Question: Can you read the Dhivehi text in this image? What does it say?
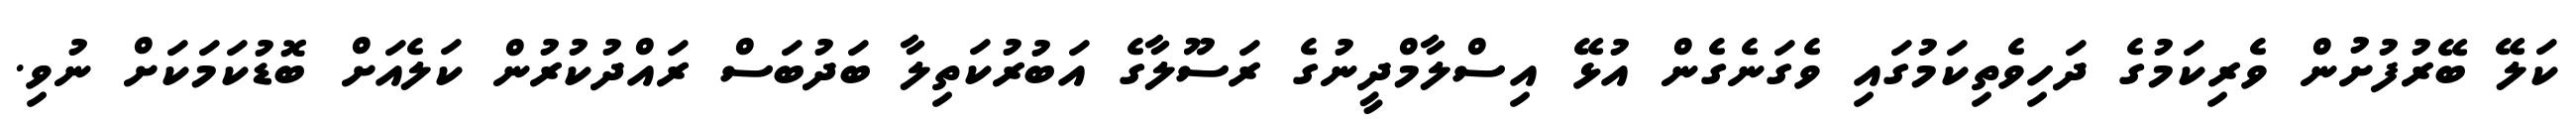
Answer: ކަލޭ ބޭރުފުށުން ވެރިކަމުގެ ދަހިވެތިކަމުގައި ވެގަނެގެން އުޅޭ އިސްލާމްދީނުގެ ރަސޫލާގެ އަބުރުކަތިލާ ބަދުބަސް ރައްދުކުރުން ކަލެއަށް ބޮޑުކަމަކަށް ނުވި.